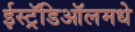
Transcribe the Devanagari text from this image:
ईस्ट्रॅडिऑलमधे